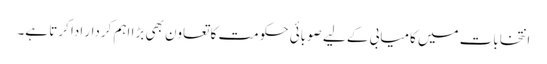
انتخابات میں کامیابی کے لیے صوبائی حکومت کا تعاون بھی بڑا اہم کردار ادا کرتا ہے۔